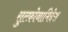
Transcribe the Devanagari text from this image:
सुल्फ़ोनामिदेस